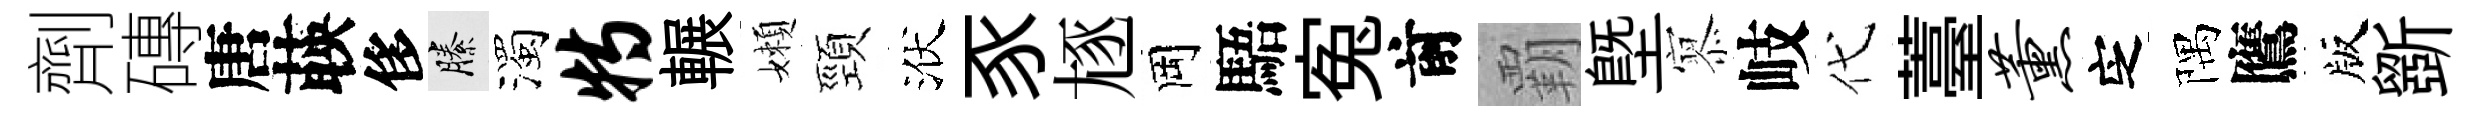
劑磚唐𦴤侈縢濁特輾嬾頸洑豕豗岡䮏寃前覇塈𡪹岐代薹薰㝎隅鷹版斵